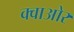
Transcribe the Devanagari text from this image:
क्वाओर